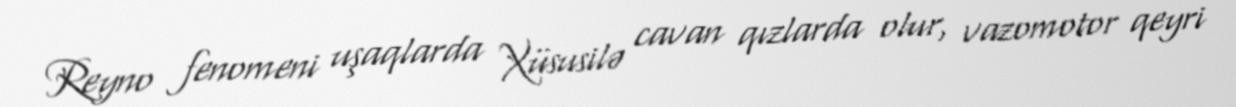
Reyno fenomeni uşaqlarda Xüsusilə cavan qızlarda olur, vazomotor qeyri